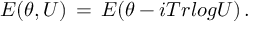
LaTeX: E ( \theta , U ) \, = \, E ( \theta - i T r l o g U ) \, .